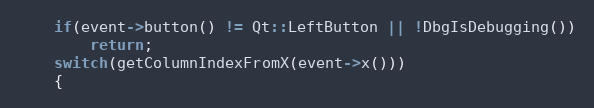
Language: C++
    if(event->button() != Qt::LeftButton || !DbgIsDebugging())
        return;
    switch(getColumnIndexFromX(event->x()))
    {